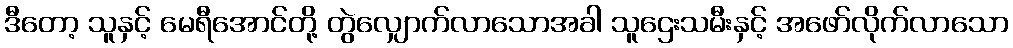
ဒီတော့ သူနှင့် မေရီအောင်တို့ တွဲလျှောက်လာသောအခါ သူဌေးသမီးနှင့် အဖော်လိုက်လာသော